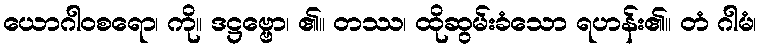
ယောဂါဝစရော၊ ကို။ ဒဋ္ဌဗ္ဗော၊ ၏။ တဿ၊ ထိုဆွမ်းခံသော ရဟန်း၏။ တံ ဂါမံ၊